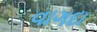
વાગદા